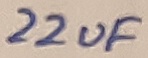
Text: 22uF